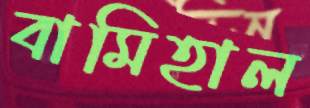
বামিহাল